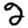
Digit: 2